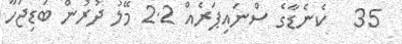
35   ކެނެޑާގެ ސްނައިޕަރެއް 2.2 މޭލު ދުރުން ބަޑިޖަހާ